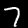
Digit: 7